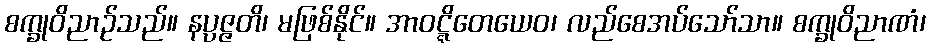
စက္ခုဝိညာဉ်သည်။ နပ္ပဇ္ဇတိ၊ မဖြစ်နိုင်။ အာဝဋ္ဋိတေယေဝ၊ လည်စေအပ်သော်သာ။ စက္ခုဝိညာဏံ၊